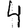
Digit: 4